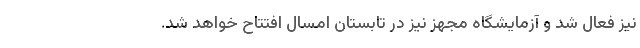
نیز فعال شد و آزمایشگاه مجهز نیز در تابستان امسال افتتاح خواهد شد.